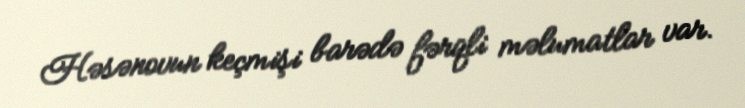
Həsənovun keçmişi barədə fərqli məlumatlar var.